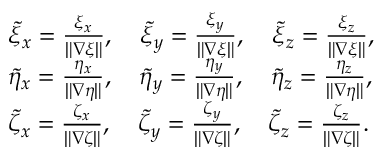
\begin{array} { l l } { \tilde { \xi } _ { x } = \frac { \xi _ { x } } { \| \nabla \xi \| } , \quad \tilde { \xi } _ { y } = \frac { \xi _ { y } } { \| \nabla \xi \| } , \quad \tilde { \xi } _ { z } = \frac { \xi _ { z } } { \| \nabla \xi \| } , } \\ { \tilde { \eta } _ { x } = \frac { \eta _ { x } } { \| \nabla \eta \| } , \quad \tilde { \eta } _ { y } = \frac { \eta _ { y } } { \| \nabla \eta \| } , \quad \tilde { \eta } _ { z } = \frac { \eta _ { z } } { \| \nabla \eta \| } , } \\ { \tilde { \zeta } _ { x } = \frac { \zeta _ { x } } { \| \nabla \zeta \| } , \quad \tilde { \zeta } _ { y } = \frac { \zeta _ { y } } { \| \nabla \zeta \| } , \quad \tilde { \zeta } _ { z } = \frac { \zeta _ { z } } { \| \nabla \zeta \| } . } \end{array}